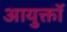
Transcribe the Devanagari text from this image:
आयुक्तॉ